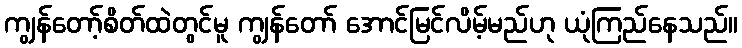
ကျွန်တော့်စိတ်ထဲတွင်မူ ကျွန်တော် အောင်မြင်လိမ့်မည်ဟု ယုံကြည်နေသည်။